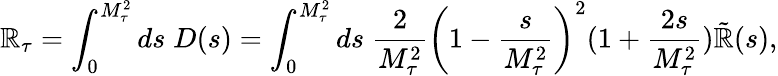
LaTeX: \mathbb{R}_{\tau}=\int_{0}^{M_{\tau}^{2}}ds\; D(s)=\int_{0}^{M_{\tau}^{2}}ds\; \frac{{2}}{{M_{\tau}^{2}}}\left(1-\frac{{s}}{{M_{\tau}^{2}}}\right)^{2}(1+\frac{{2s}}{{M_{\tau}^{2}}})\tilde{{\mathbb{R}}}(s),